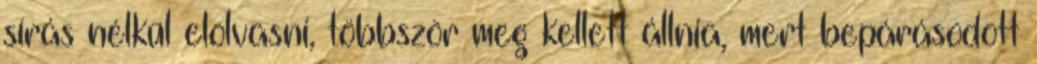
sírás nélkül elolvasni, többször meg kellett állnia, mert bepárásodott